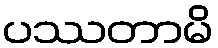
ပဿတာမိ